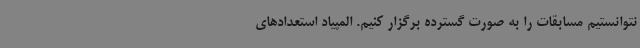
نتوانستیم مسابقات را به صورت گسترده برگزار کنیم. المپیاد استعدادهای